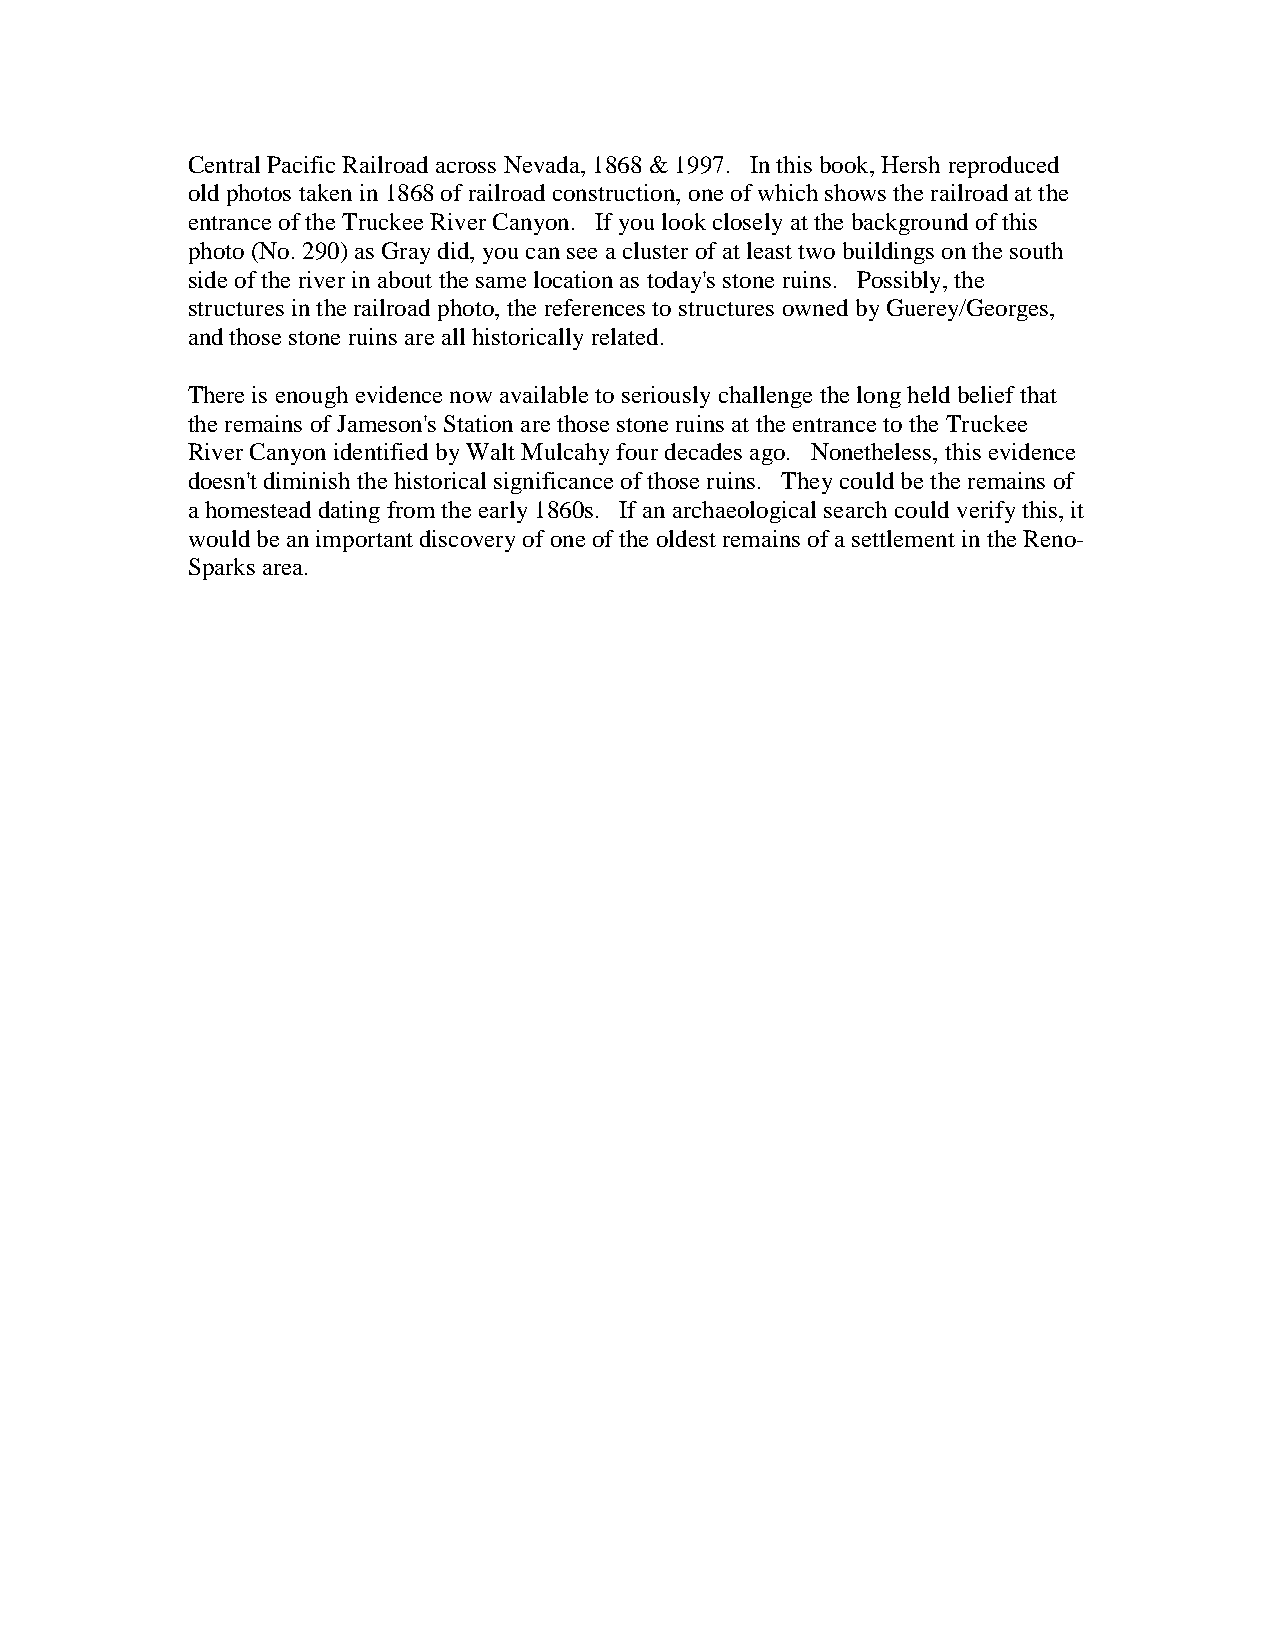
Central Pacific Railroad across Nevada, 1868 & 1997. In this book, Hersh reproduced
 old photos taken in 1868 of railroad construction, one of which shows the railroad at the
 entrance of the Truckee River Canyon. If you look closely at the background of this
 photo (No. 290) as Gray did, you can see a cluster of at least two buildings on the south
 side of the river in about the same location as today's stone ruins. Possibly, the
 structures in the railroad photo, the references to structures owned by Guerey/Georges,
 and those stone ruins are all historically related.
 There is enough evidence now available to seriously challenge the long held belief that
 the remains of Jameson's Station are those stone ruins at the entrance to the Truckee
 River Canyon identified by Walt Mulcahy four decades ago. Nonetheless, this evidence
 doesn't diminish the historical significance of those ruins. They could be the remains of
 a homestead dating from the early 1860s. If an archaeological search could verify this, it
 would be an important discovery of one of the oldest remains of a settlement in the Reno-
 Sparks area.